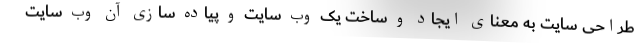
طراحی سایت به معنای ایجاد و ساخت یک وب سایت و پیاده سازی آن وب سایت